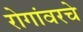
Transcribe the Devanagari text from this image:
रोगांवरचे